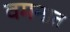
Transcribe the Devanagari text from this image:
वमनात